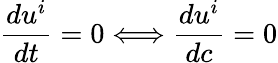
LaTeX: \frac{du^{i}}{dt}=0\Longleftrightarrow\frac{du^{i}}{dc}=0